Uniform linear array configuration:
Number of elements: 24
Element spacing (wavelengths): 0.5
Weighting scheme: uniform
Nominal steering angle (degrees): -60
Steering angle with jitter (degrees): -59.739
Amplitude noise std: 0.05
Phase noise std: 0.05

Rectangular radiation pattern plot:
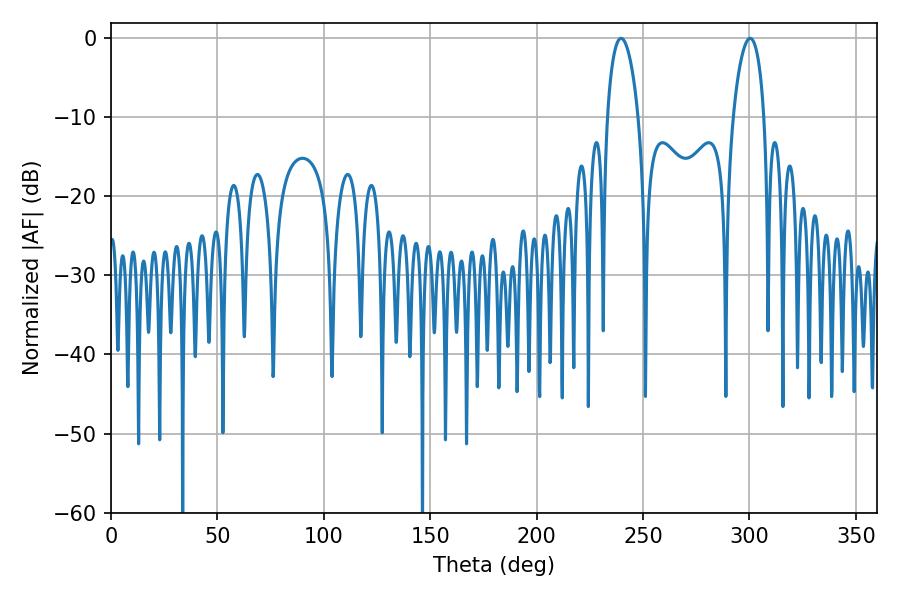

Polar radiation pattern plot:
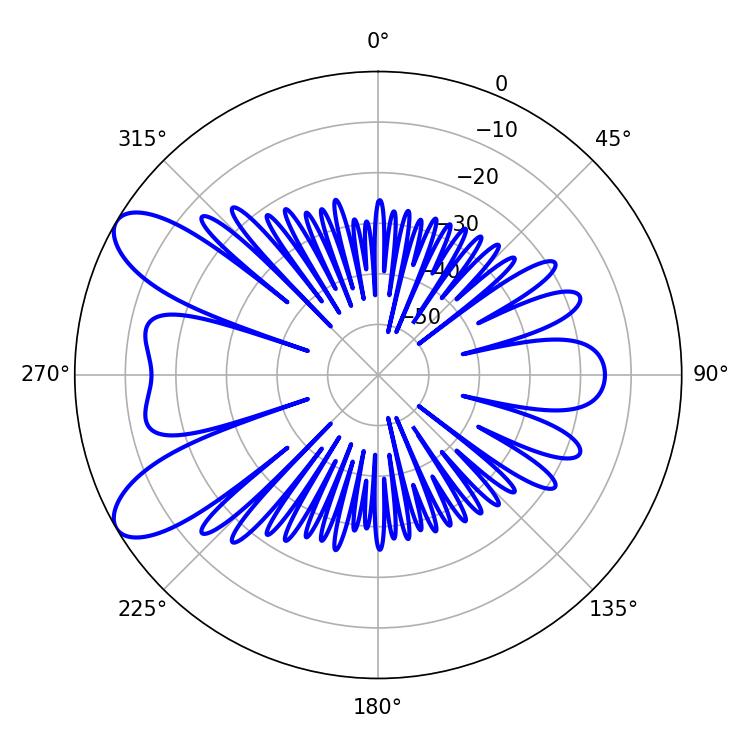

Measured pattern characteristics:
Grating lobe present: FALSE
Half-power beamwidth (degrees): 8.28
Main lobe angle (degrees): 239.76